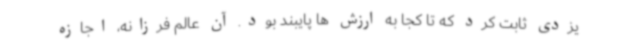
یزدی ثابت کرد که تا کجا به ارزش ها پایبند بود. آن عالم فرزانه، اجازه